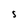
Character: S